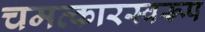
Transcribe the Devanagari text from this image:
चमत्‍कारस्‍वरूप